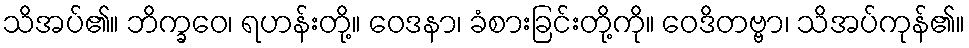
သိအပ်၏။ ဘိက္ခဝေ၊ ရဟန်းတို့။ ဝေဒနာ၊ ခံစားခြင်းတို့ကို။ ဝေဒိတဗ္ဗာ၊ သိအပ်ကုန်၏။